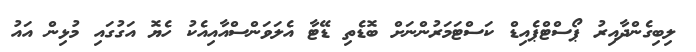
ލިބިގެންދާއިރު ޕޯސްޓްޕެއިޑް ކަސްޓަމަރުންނަށް ބޮޑެތި ޑޭޓާ އެލަވަންސްއާއިއެކު ހެޔޮ އަގުގައި މުޅިން އައު